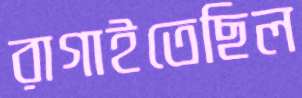
রাগাইতেছিল